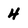
Character: 4